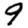
Digit: 9